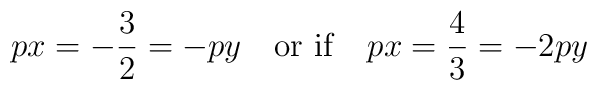
px=-\frac{3}{2}=-py \quad {\rm or  \ if } \quad px=\frac{4}{3}=-2py